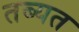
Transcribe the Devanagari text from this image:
तब्यत